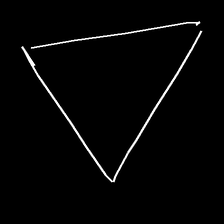
Glyph: convergence